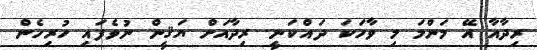
ރިދާއާ އޭ މަންމަ މި ވާހަކަ ދައްކަނީ. ރިދާއަށް ޔަޤީން ނުވެފައި ހުރިހެން